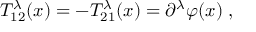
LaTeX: T _ { 1 2 } ^ { \lambda } ( x ) = - T _ { 2 1 } ^ { \lambda } ( x ) = \partial ^ { \lambda } \varphi ( x ) \; ,